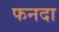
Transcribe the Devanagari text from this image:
फनदा